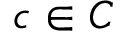
c \in C